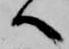
へ